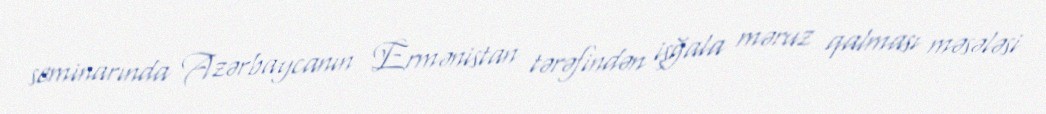
seminarında Azərbaycanın Ermənistan tərəfindən işğala məruz qalması məsələsi